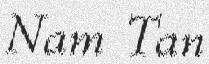
Nam Tan